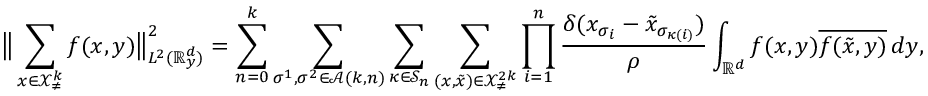
\big \lVert \sum _ { \boldsymbol { x } \in \mathcal { X } _ { \neq } ^ { k } } f ( \boldsymbol { x } , y ) \big \rVert _ { L ^ { 2 } ( \mathbb { R } _ { y } ^ { d } ) } ^ { 2 } = \sum _ { n = 0 } ^ { k } \sum _ { \sigma ^ { 1 } , \sigma ^ { 2 } \in \mathcal { A } ( k , n ) } \sum _ { \kappa \in \mathcal { S } _ { n } } \sum _ { ( \boldsymbol { x } , \boldsymbol { \tilde { x } } ) \in \mathcal { X } _ { \neq } ^ { 2 k } } \prod _ { i = 1 } ^ { n } \frac { \delta ( x _ { \sigma _ { i } } - \tilde { x } _ { \sigma _ { \kappa ( i ) } } ) } { \rho } \int _ { \mathbb { R } ^ { d } } f ( \boldsymbol { x } , y ) \overline { { f ( \boldsymbol { \tilde { x } } , y ) } } \, d y ,